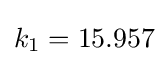
k_{1}=15.957